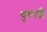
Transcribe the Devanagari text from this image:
धुधली